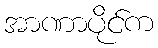
အာဏာပိုင်က